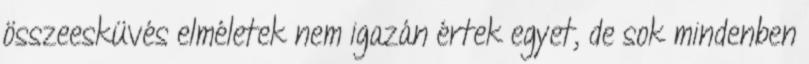
összeesküvés elméletek nem igazán értek egyet, de sok mindenben